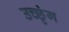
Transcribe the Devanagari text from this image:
उच्छृंग